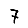
Digit: 7